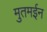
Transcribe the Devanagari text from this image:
मुतमईन